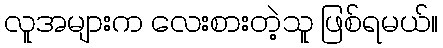
လူအများက လေးစားတဲ့သူ ဖြစ်ရမယ်။